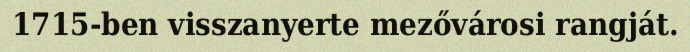
1715-ben visszanyerte mezővárosi rangját.